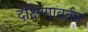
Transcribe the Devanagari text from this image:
दक्षिणावर्तन